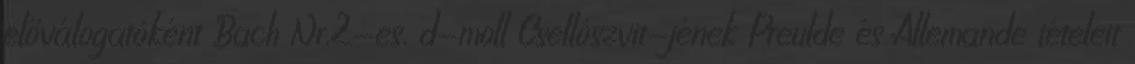
előválogatóként Bach Nr.2-es, d-moll Csellószvit-jének Preulde és Allemande tételeit